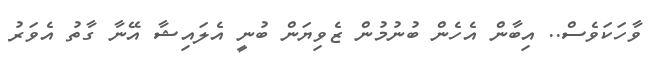
ވާހަކަވެސް.. އިބާން އެހެން ބުނުމުން ޒެވިޔަން ބުނީ އެލައިޝާ އޭނާ ގާތު އެވަރު